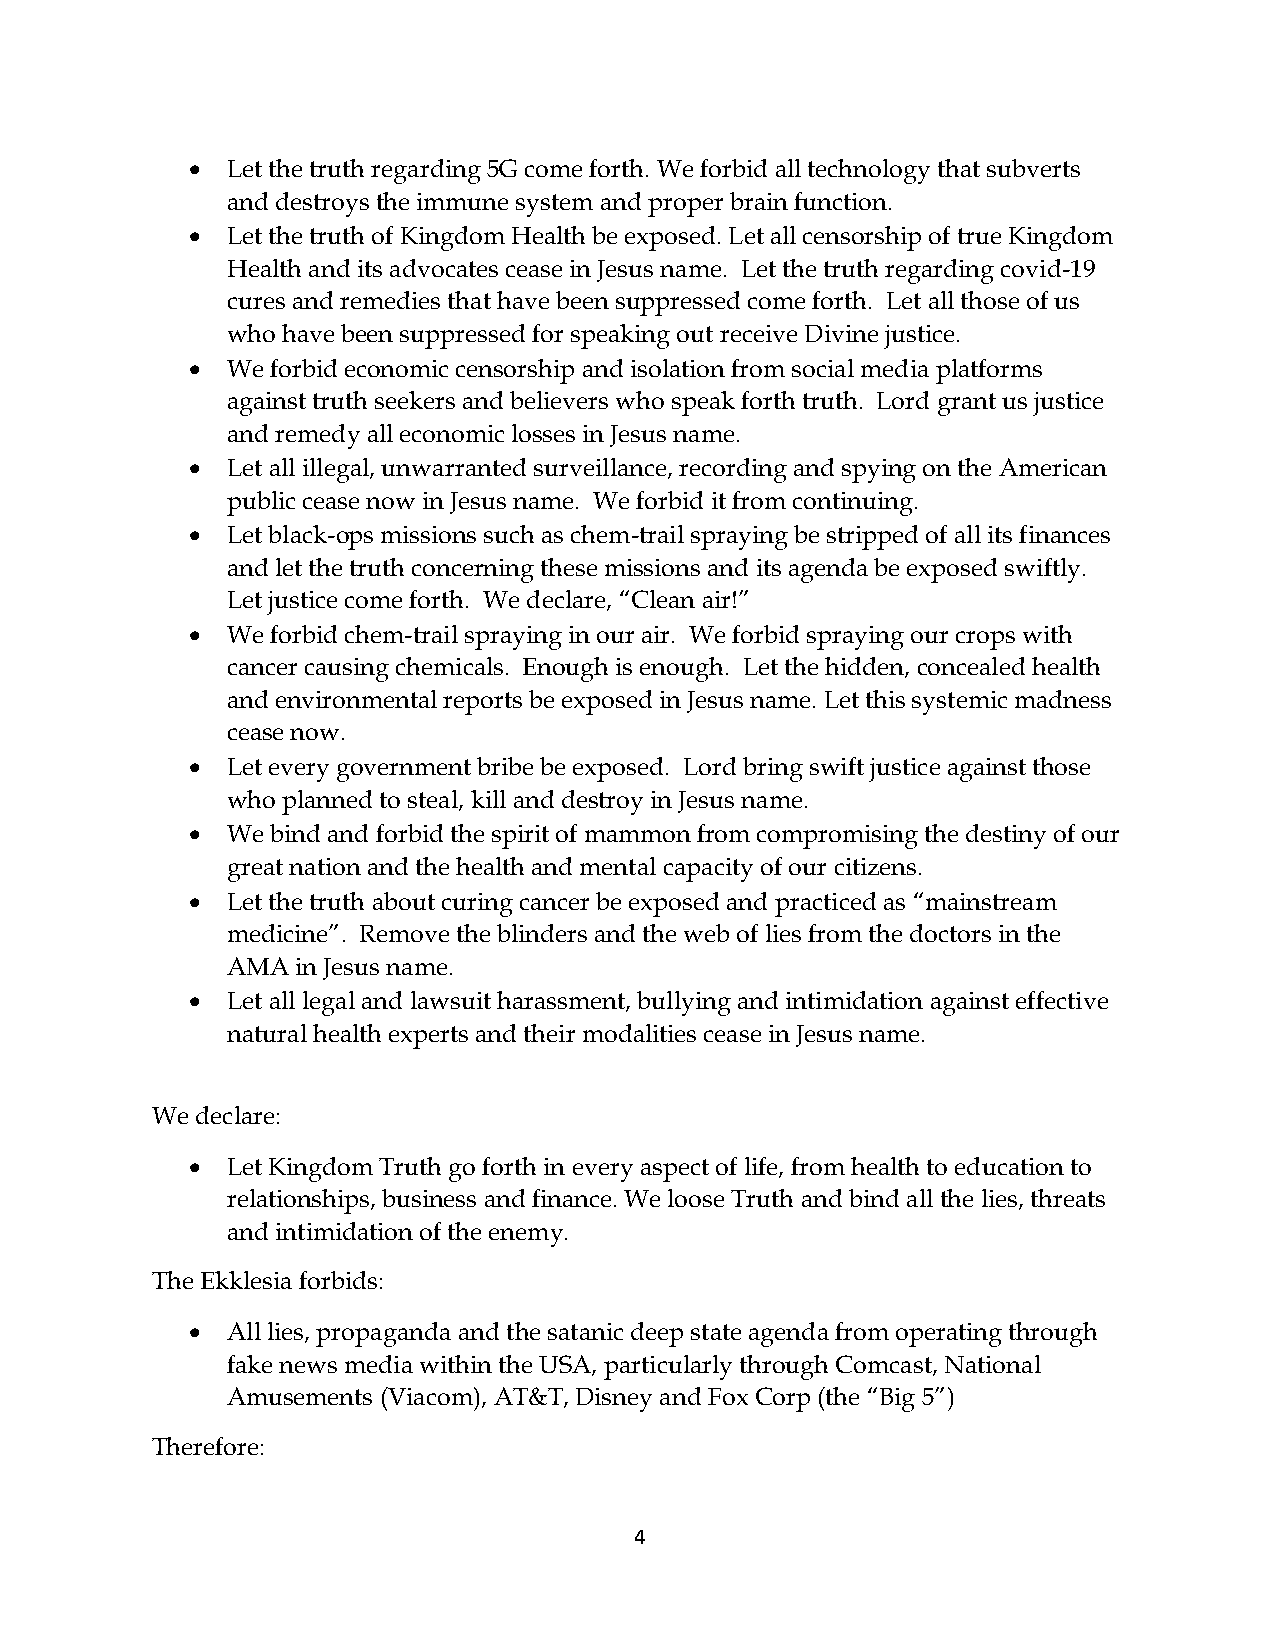
• Let the truth regarding 5G come forth. We forbid all technology that subverts
 and destroys the immune system and proper brain function.
 • Let the truth of Kingdom Health be exposed. Let all censorship of true Kingdom
 Health and its advocates cease in Jesus name. Let the truth regarding covid-19
 cures and remedies that have been suppressed come forth. Let all those of us
 who have been suppressed for speaking out receive Divine justice.
 • We forbid economic censorship and isolation from social media platforms
 against truth seekers and believers who speak forth truth. Lord grant us justice
 and remedy all economic losses in Jesus name.
 • Let all illegal, unwarranted surveillance, recording and spying on the American
 public cease now in Jesus name. We forbid it from continuing.
 • Let black-ops missions such as chem-trail spraying be stripped of all its finances
 and let the truth concerning these missions and its agenda be exposed swiftly.
 Let justice come forth. We declare, “Clean air!”
 • We forbid chem-trail spraying in our air. We forbid spraying our crops with
 cancer causing chemicals. Enough is enough. Let the hidden, concealed health
 and environmental reports be exposed in Jesus name. Let this systemic madness
 cease now.
 • Let every government bribe be exposed. Lord bring swift justice against those
 who planned to steal, kill and destroy in Jesus name.
 • We bind and forbid the spirit of mammon from compromising the destiny of our
 great nation and the health and mental capacity of our citizens.
 • Let the truth about curing cancer be exposed and practiced as “mainstream
 medicine”. Remove the blinders and the web of lies from the doctors in the
 AMA  in Jesus name.
 • Let all legal and lawsuit harassment, bullying and intimidation against effective
 natural health experts and their modalities cease in Jesus name.
 We declare:
 • Let Kingdom Truth go forth in every aspect of life, from health to education to
 relationships, business and finance. We loose Truth and bind all the lies, threats
 and intimidation of the enemy.
 The Ekklesia forbids:
 • All lies, propaganda and the satanic deep state agenda from operating through
 fake news media within the USA, particularly through Comcast, National
 Amusements (Viacom), AT&T, Disney and Fox Corp (the “Big 5”)
 Therefore:
 4